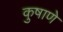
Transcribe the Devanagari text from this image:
कुषाणे